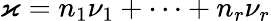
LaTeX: \varkappa=n_{1}\nu_{1}+\dots+n_{r}\nu_{r}